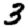
Digit: 3